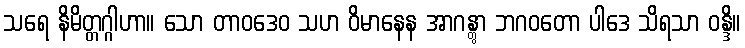
သရေ နိမိတ္တဂ္ဂါဟာ။ သော တာဝဒေဝ သဟ ဝိမာနေန အာဂန္တွာ ဘဂဝတော ပါဒေ သိရသာ ဝန္ဒိ။